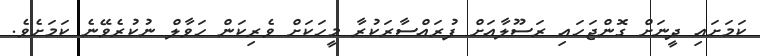
ކަމަށައި ދީނަށް ގޮންޖަހައި ރަސޫލާއަށް ފުރައްސާރަކުރާ މީހަކަށް ވެރިކަން ހަވާލް ނުކުރެވޭނެ ކަމަށެވެ.